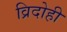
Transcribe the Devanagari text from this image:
व्रिदोही